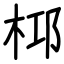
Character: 桏